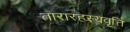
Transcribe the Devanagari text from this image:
तारारहस्यवृत्ति